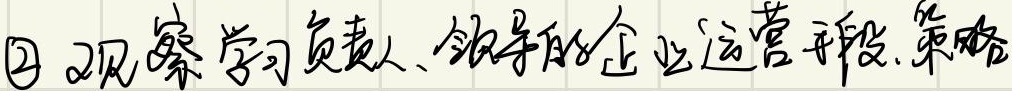
\textcircled{2} 观察学习负责人、领导的企业运营手段、策略